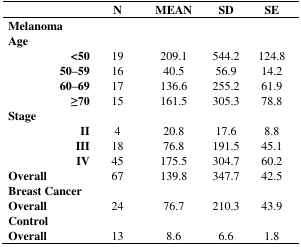
<table><thead><tr><td colspan="2"></td><td><b>N</b></td><td><b>MEAN</b></td><td><b>SD</b></td><td><b>SE</b></td></tr></thead><tbody><tr><td colspan="6"><b>Melanoma</b></td></tr><tr><td colspan="6"><b>Age</b></td></tr><tr><td></td><td><b>&lt;50</b></td><td>19</td><td>209.1</td><td>544.2</td><td>124.8</td></tr><tr><td></td><td><b>50–59</b></td><td>16</td><td>40.5</td><td>56.9</td><td>14.2</td></tr><tr><td></td><td><b>60–69</b></td><td>17</td><td>136.6</td><td>255.2</td><td>61.9</td></tr><tr><td></td><td><b>≥70</b></td><td>15</td><td>161.5</td><td>305.3</td><td>78.8</td></tr><tr><td colspan="6"><b>Stage</b></td></tr><tr><td></td><td><b>II</b></td><td>4</td><td>20.8</td><td>17.6</td><td>8.8</td></tr><tr><td></td><td><b>III</b></td><td>18</td><td>76.8</td><td>191.5</td><td>45.1</td></tr><tr><td></td><td><b>IV</b></td><td>45</td><td>175.5</td><td>304.7</td><td>60.2</td></tr><tr><td><b>Overall</b></td><td></td><td>67</td><td>139.8</td><td>347.7</td><td>42.5</td></tr><tr><td colspan="6"><b>Breast Cancer</b></td></tr><tr><td><b>Overall</b></td><td></td><td>24</td><td>76.7</td><td>210.3</td><td>43.9</td></tr><tr><td colspan="6"><b>Control</b></td></tr><tr><td><b>Overall</b></td><td></td><td>13</td><td>8.6</td><td>6.6</td><td>1.8</td></tr></tbody></table>